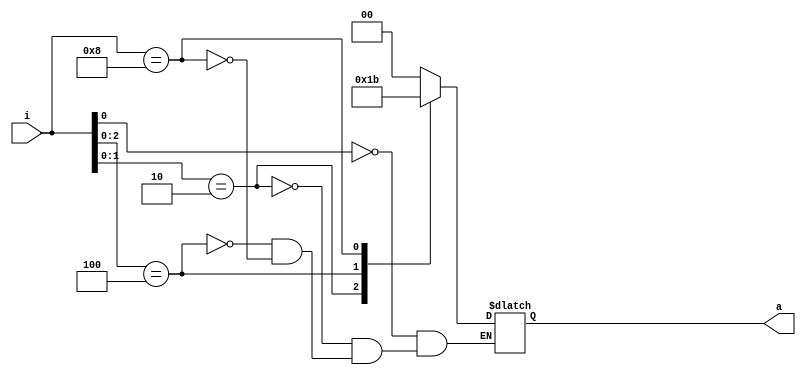
                                             



module priority_encoder (i,a);
	input [3:0] i;
	output [1:0] a;
	reg [1:0] a;
	always @(i)
	begin
		casex (i)
		4'bxxx1 :a = 2'b00;
		4'bxx10 :a = 2'b01;
		4'bx100 :a = 2'b10;
		4'b1000 :a = 2'b11;
		endcase
	end
	
	
endmodule